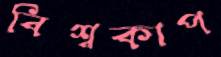
বিশ্বকাপ